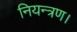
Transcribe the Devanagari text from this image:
नियन्त्रण।